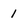
Character: 1